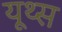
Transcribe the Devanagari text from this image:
यूथ्स